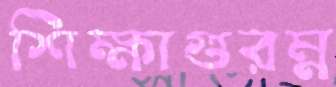
শিক্ষাগুরম্ন